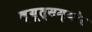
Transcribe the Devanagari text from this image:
ल्यूत्सम्योर